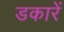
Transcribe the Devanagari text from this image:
डकारें